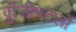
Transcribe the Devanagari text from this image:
कुँजीपटलों